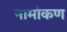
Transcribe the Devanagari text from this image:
नामांकण